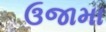
ઉજામા